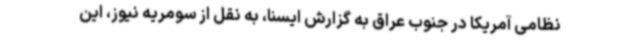
نظامی آمریکا در جنوب عراق به گزارش ایسنا، به نقل از سومریه نیوز، این